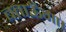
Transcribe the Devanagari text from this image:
बताऊँगा।